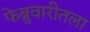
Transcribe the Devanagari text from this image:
फेब्रुवारीतला